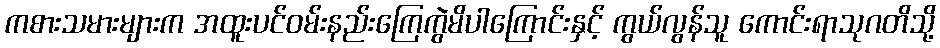
ကစားသမားများက အထူးပင်ဝမ်းနည်းကြေကွဲမိပါကြောင်းနှင့် ကွယ်လွန်သူ ကောင်းရာသုဂတိသို့